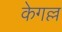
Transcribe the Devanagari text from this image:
केगल्ल